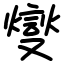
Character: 燮